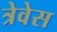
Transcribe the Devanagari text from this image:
त्रेवेस